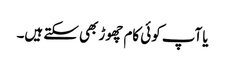
یا آپ کوئی کام چھوڑ بھی سکتے ہیں۔